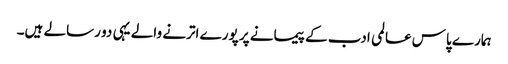
ہمارے پاس عالمی ادب کے پیمانے پر پورے اترنے والے یہی دو رسالے ہیں۔